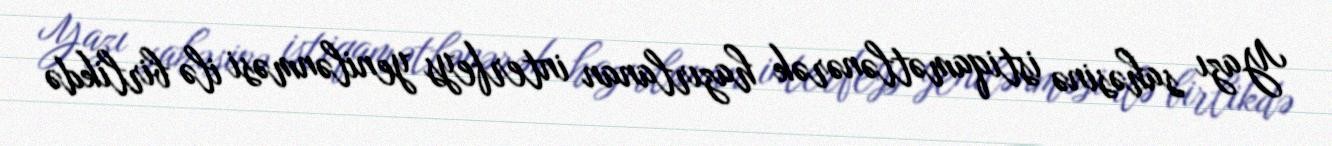
Yazı sahəsinə istiqamətlənərək hazırlanan interfeys yenilənməsi ilə birlikdə